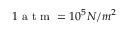
1 \mathrm { ~ a ~ t ~ m ~ } = 1 0 ^ { 5 } N / m ^ { 2 }